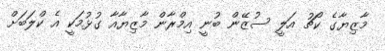
މާޒިޔާގެ ކޯޗު އަލީ ސުޒޭން ބުނީ އިމްރާން މާޒިޔާއާ ގުޅުމަކީ އެ ކްލަބަށް